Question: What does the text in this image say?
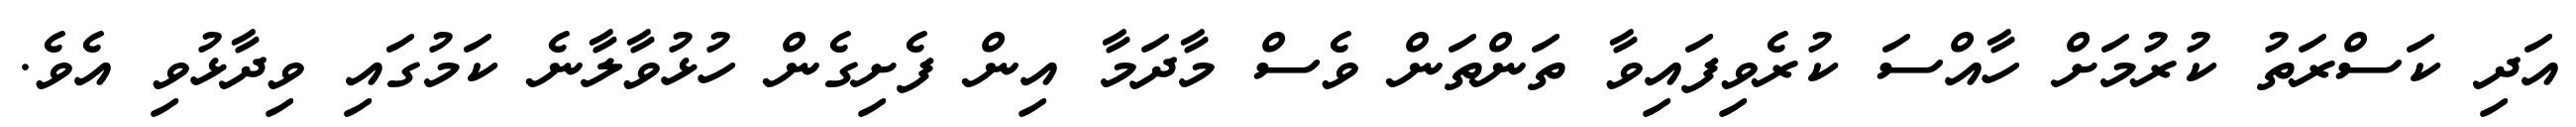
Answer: އަދި ކަސްރަތު ކުރުމަށް ހާއްސަ ކުރެވިފައިވާ ތަންތަން ވެސް މާދަމާ އިން ފެށިގެން ހުޅުވާލާނެ ކަމުގައި ވިދާޅުވި އެވެ.